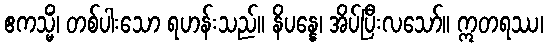
ဧကသ္မိံ၊ တစ်ပါးသော ရဟန်းသည်။ နိပန္နေ၊ အိပ်ပြီးလသော်။ ဣတရဿ၊